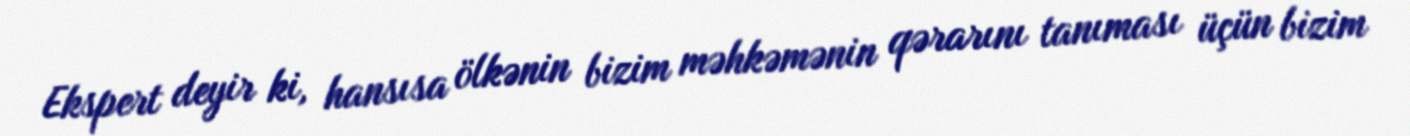
Ekspert deyir ki, hansısa ölkənin bizim məhkəmənin qərarını tanıması üçün bizim